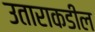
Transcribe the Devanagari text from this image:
उताराकडील